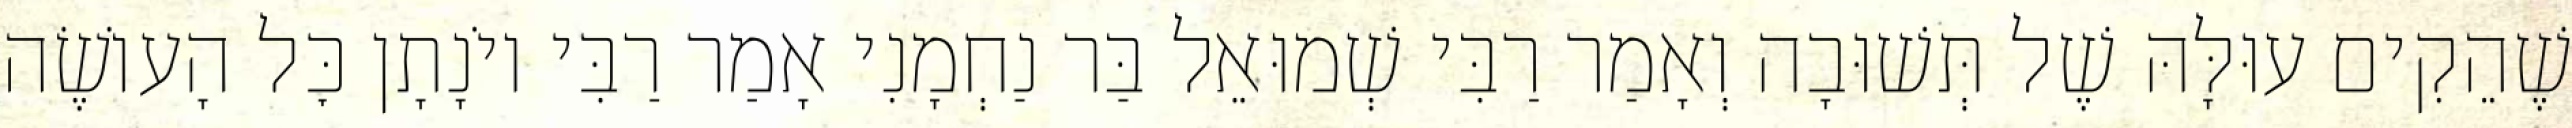
שֶׁהֵקִים עוּלָּהּ שֶׁל תְּשׁוּבָה וְאָמַר רַבִּי שְׁמוּאֵל בַּר נַחְמָנִי אָמַר רַבִּי יוֹנָתָן כׇּל הָעוֹשֶׂה